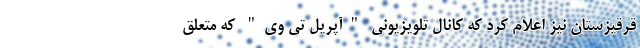
قرقیزستان نیز اعلام کرد که کانال تلویزیونی "آپریل تی وی" که متعلق